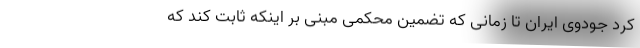
کرد جودوی ایران تا زمانی که تضمین محکمی مبنی بر اینکه ثابت کند که